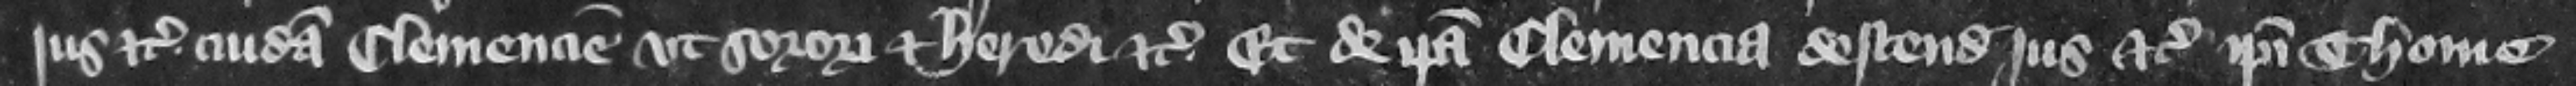
jus etc. cuidam Clemencie vt sorori et heredi etc. et de ipsa Clemencia descendit jus etc. ipsi Thome